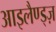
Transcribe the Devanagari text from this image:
आइलैण्ड्ज़